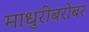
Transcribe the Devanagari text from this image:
माधुरीबरोबर